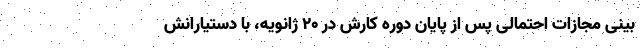
بینی مجازات احتمالی پس از پایان دوره کارش در ۲۰ ژانویه، با دستیارانش